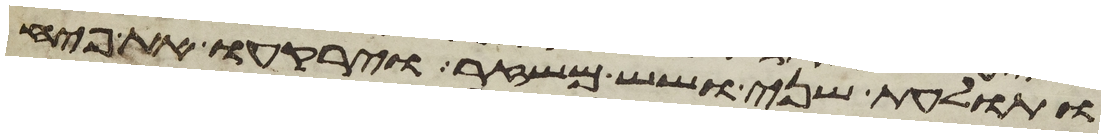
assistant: ותולעת שני ושש משזר וירקעו את פחי